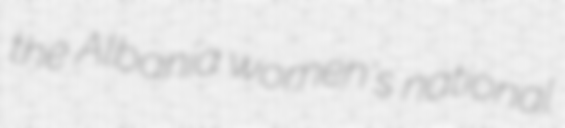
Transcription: the Albania women's national